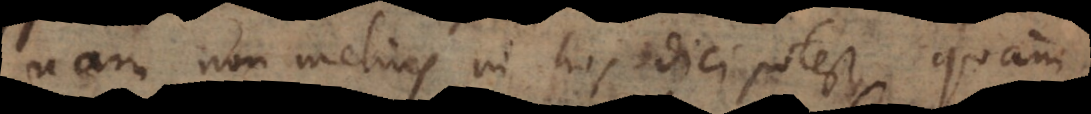
nam non melius in hos dici potest, quam